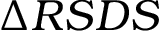
\Delta R S D S